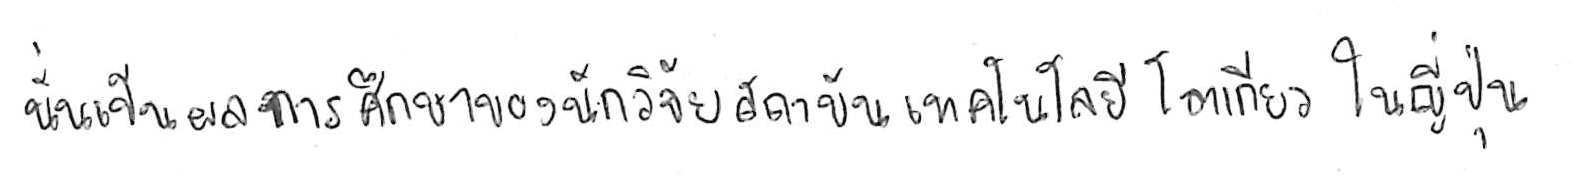
นั่นเป็นผลการศึกษาของนักวิจัยสถาบันเทคโนโลยีโตเกียว ในญี่ปุ่น